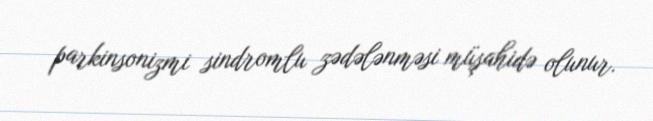
parkinsonizmi sindromlu zədələnməsi müşahidə olunur.